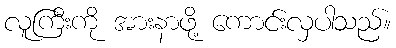
လူကြီးကို အားနာဖို့ ကောင်းလှပါသည်။